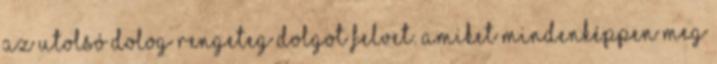
az utolsó dolog rengeteg dolgot felvet. Amiket mindenképpen meg